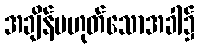
အချိန်မဟုတ်သောအခါ၌